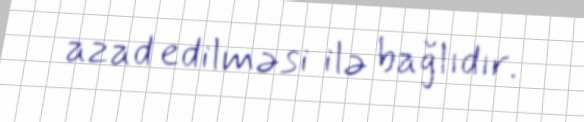
azad edilməsi ilə bağlıdır.